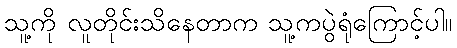
သူ့ကို လူတိုင်းသိနေတာက သူ့ကပွဲရုံကြောင့်ပါ။